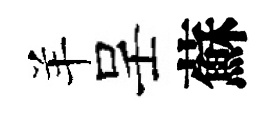
羊呈蘇